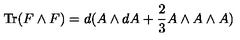
\mathrm { T r } ( F \wedge F ) = d ( A \wedge d A + { \frac { 2 } { 3 } } A \wedge A \wedge A )